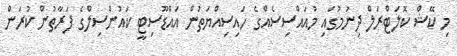
މި ކޭޝް ކޮލަޓްރަލް ދިނުމުގައި މުއައްސިސެއްގެ ހައިސިއްޔަތުން އައްޑޫސިޓީ ކައުންސިލްގެ ފަރާތުން ކުރަން